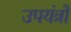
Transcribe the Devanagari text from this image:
उपयंत्रों